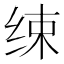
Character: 𦈌